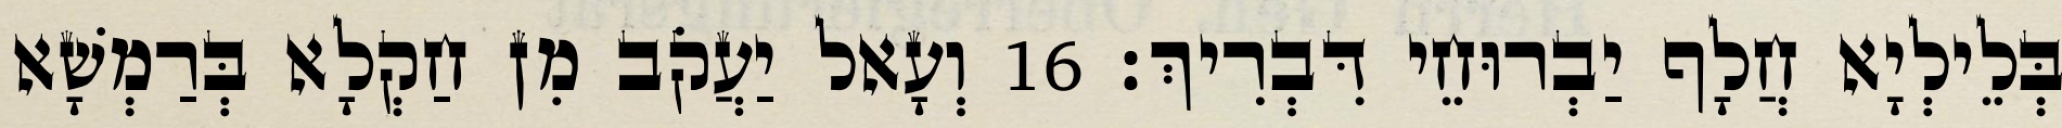
בְּלֵילְיָא חֲלָף יַבְרוּחֵי דִּבְרִיךְ׃ 16 וְעָאל יַעֲקֹב מִן חַקְלָא בְּרַמְשָׁא